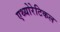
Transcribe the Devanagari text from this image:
एथ्योरेटिकल